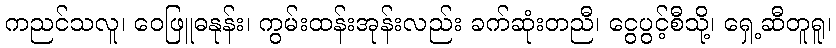
ကညင်သလူ၊ ဝေဖြူဓနုန်း၊ ကွမ်းထန်းအုန်းလည်း ခက်ဆုံးတညီ၊ ငွေပွင့်စီသို့၊ ရှေ့ဆီတူရူ၊